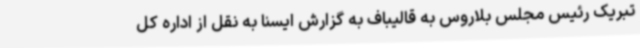
تبریک رئیس مجلس بلاروس به قالیباف به گزارش ایسنا به نقل از اداره کل